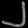
Digit: ၂